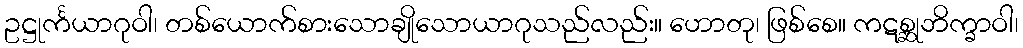
ဥဋ္ဌုင်္ကယာဂုဝါ၊ တစ်ယောက်စားသောချိုသောယာဂုသည်လည်း။ ဟောတု၊ ဖြစ်စေ။ ကဋစ္ဆုဘိက္ခာဝါ၊